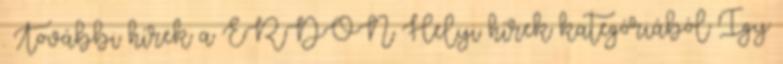
. További hírek a ERDON Helyi hírek kategóriából Így